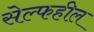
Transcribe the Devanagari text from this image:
सेल्फहील